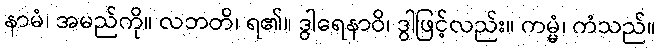
နာမံ၊ အမည်ကို။ လဘတိ၊ ရ၏။ ဒွါရေနာဝိ၊ ဒွါဖြင့်လည်း။ ကမ္မံ၊ ကံသည်။